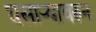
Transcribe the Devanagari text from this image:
घसाऱ्यावरुन